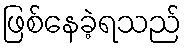
ဖြစ်နေခဲ့ရသည်